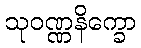
သုဝဏ္ဏနိက္ခော